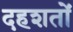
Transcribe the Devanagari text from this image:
दहशतों